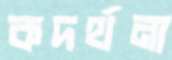
কদর্থনা